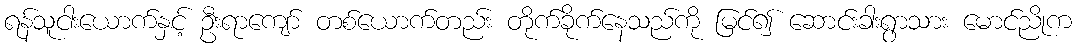
ရန်သူငါးယောက်နှင့် ဦးရာကျော် တစ်ယောက်တည်း တိုက်ခိုက်နေသည်ကို မြင်၍ ဆောင်းခါးရွာသား မောင်ညိုက